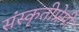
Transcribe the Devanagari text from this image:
संस्कृतीप्रेमी